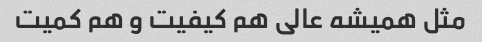
مثل همیشه عالی هم کیفیت و هم کمیت